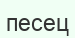
песец